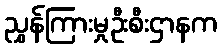
ညွှန်ကြားမှုဦးစီးဌာနက